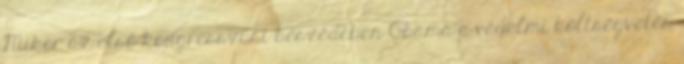
Mikor az első kongresszusi beszédében Obama a védelmi költségvetés